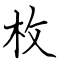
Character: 枚